Report of the King Institute of Preventive Medicine, Guindy
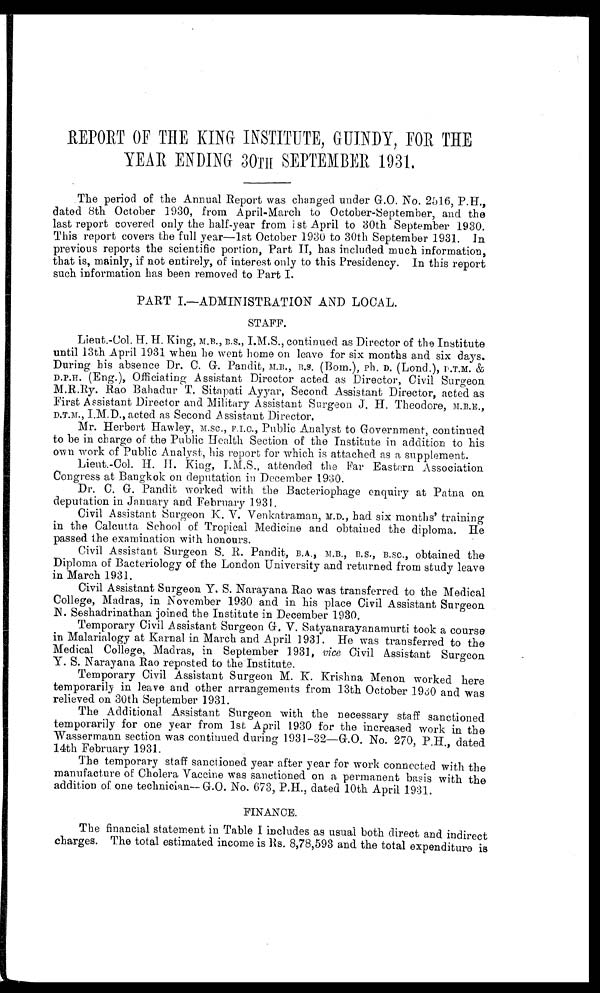
REPORT OF THE KING INSTITUTE, GUINDY, FOR THE
YEAR ENDING 30TH SEPTEMBER 1931.
The period of the Annual Report was changed under G.O. No. 2516, P.H.,
dated 8th October 1930, from April-March to October-September, and the
last report covered only the half-year from i st April to 30th September 1930.
This report covers the full year—1st October 1930 to 30th September 1931. In
previous reports the scientific portion, Part II, has included much information,
that is, mainly, if not entirely, of interest only to this Presidency. In this report
such information has been removed to Part I.
PART I.—ADMINISTRATION AND LOCAL.
STAFF.
Lieut.-Col. H. H. King, M.B., B.S., I.M.S., continued as Director of the Institute
until 13th April 1931 when he went home on leave for six months and six days.
During his absence Dr. C. G. Pandit, M.B., B.S. (Bom.), Ph. D. (Lond.), D.T.M. &
D.P.H. (Eng.), Officiating Assistant Director acted as Director, Civil Surgeon
M.R.Ry. Rao Bahadur T. Sitapati Ayyar, Second Assistant Director, acted as
First Assistant Director and Military Assistant Surgeon. J. H. Theodore, M.B.E.,
D . T . M . , I . M . D . , a c t e d a s S e c o n d A s s i s t a n t D i r e c t o r .
Mr. Herbert Hawley, M.SC., F.I.C., Public Analyst to Government, continued
to be in charge of the Public Health Section of the Institute in addition to his
own work of Public Analyst, his report for which is attached as a supplement.
Lieut.-Col. H. H. King, attended the Far Eastern Association
Congress at Bangkok on deputation in December 1930.
Dr. C. G. Pandit worked with the Bacteriophage enquiry at Patna on
deputation in January and February 1931.
Civil Assistant Surgeon K. V. Venkatraman, M.D., had six months' training
in the Calcutta School of Tropical Medicine and obtained the diploma. He
passed the examination with honours.
Civil Assistant Surgeon S. R. Pandit, B.A., M.B., B.S., B.SC., obtained the
Diploma of Bacteriology of the London University and returned from study leave
in March 1931.
Civil Assistant Surgeon Y. S. Narayana Rao was transferred to the Medical
College, Madras, in November 1930 and in his place Civil Assistant Surgeon
N. Seshadrinathan joined the Institute in December 1930.
Temporary Civil Assistant Surgeon G. V. Satyanarayanamurti took a course
in Malarialogy at Karnal in March and April 1931. He was transferred to the
Medical College, Madras, in September 1931, vice Civil Assistant Surgeon
Y. S. Narayana Rao reposted to the Institute.
Temporary Civil Assistant Surgeon M. K. Krishna Menon worked here
temporarily in leave and other arrangements from 13th October 1930 and was
relieved on 30th September 1931.
The Additional. Assistant Surgeon with the necessary staff sanctioned
temporarily for one year from 1st April 1930 for the increased work in the
Wassermann section was continued during 1931-32—G.O. No. 270, P.H., dated
14th February 1931.
The temporary staff sanctioned year after year for work connected with the
manufacture of Cholera Vaccine was sanctioned on a permanent basis with the
addition of one technician—G.O. No. 673, P.H., dated 10th April 1931.
FINANCE.
The financial statement in Table I includes as usual both direct and indirect
charges. The total estimated income is Rs. 8,78,593 and the total expenditure is